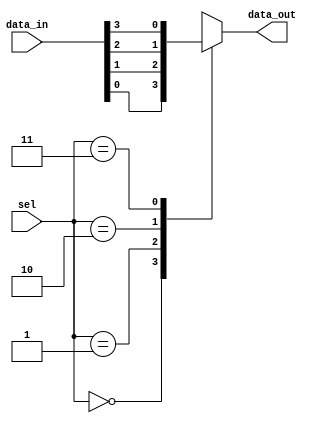
`timescale 1ns/ 1ns

module func_MUX(input [3:0] data_in, input [1:0] sel, output reg data_out);
    always @(*) begin
        case(sel)
            2'b00: data_out = data_in[0];
            2'b01: data_out = data_in[1];
            2'b10: data_out = data_in[2];
            2'b11: data_out = data_in[3];
        endcase
    end
endmodule

// iverilog -o tb_func_MUX tb_func_MUX.v func_MUX.v
// vvp tb_func_MUX -vcd
// open -a gtkwave tb_func_MUX.vcd